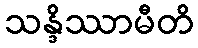
သန္ဒိဿာမီတိ